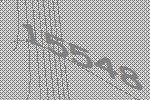
15548